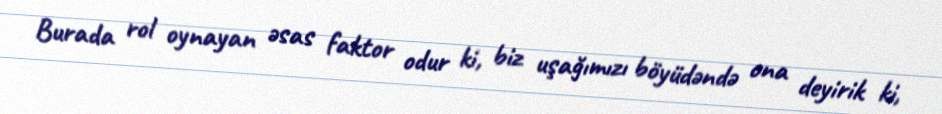
Burada rol oynayan əsas faktor odur ki, biz uşağımızı böyüdəndə ona deyirik ki,